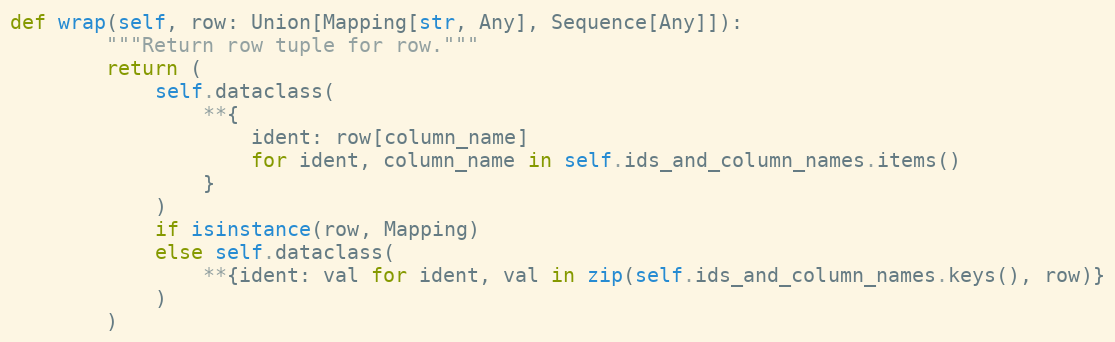
Language: Python
def wrap(self, row: Union[Mapping[str, Any], Sequence[Any]]):
        """Return row tuple for row."""
        return (
            self.dataclass(
                **{
                    ident: row[column_name]
                    for ident, column_name in self.ids_and_column_names.items()
                }
            )
            if isinstance(row, Mapping)
            else self.dataclass(
                **{ident: val for ident, val in zip(self.ids_and_column_names.keys(), row)}
            )
        )